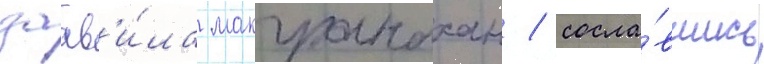
заав'и́ла макгранахан / сосла́вшись